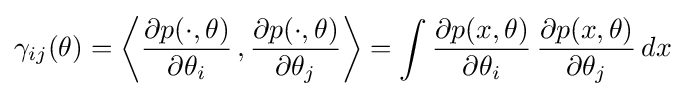
\gamma _{ij}(\theta )=\left\langle {\frac {\partial {p(\cdot ,\theta )}}{\partial \theta _{i}}}\,,{\frac {\partial {p(\cdot ,\theta )}}{\partial \theta _{j}}}\right\rangle =\int {\frac {\partial p(x,\theta )}{\partial \theta _{i}}}\,{\frac {\partial p(x,\theta )}{\partial \theta _{j}}}\,dx